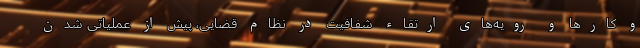
و کارها و رویه‌های ارتقاء شفافیت در نظام قضایی، پیش از عملیاتی شدن